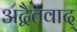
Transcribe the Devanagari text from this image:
अद्वैतवाद्